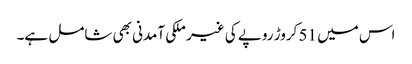
اس میں 51 کروڑ روپے کی غیر ملکی آمدنی بھی شامل ہے۔